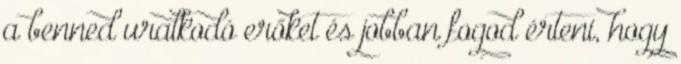
a benned uralkodó erőket és jobban fogod érteni, hogy